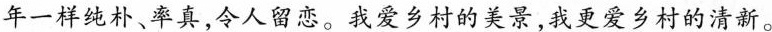
年一样纯朴、率真，令人留恋。我爱乡村的美景，我更爱乡村的清新。